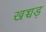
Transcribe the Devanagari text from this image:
खच्चड़